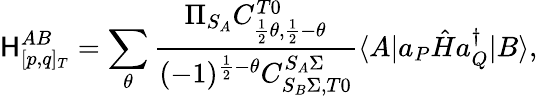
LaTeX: \mathsf{H}_{[p,q]_{T}}^{AB}=\sum_{\theta}\frac{\Pi_{S_{A}}C_{\frac{1}{2}\theta,\frac{1}{2}-\theta}^{T0}}{(-1)^{\frac{1}{2}-\theta}C_{S_{B}\Sigma,T0}^{S_{A}\Sigma}}\langle A|a_{P}\hat{H}a_{Q}^{\dagger}|B\rangle,